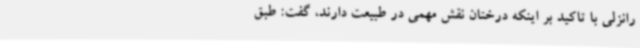
رانزلی با تاکید بر اینکه درختان نقش مهمی در طبیعت دارند، گفت: طبق